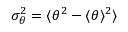
\sigma _ { \theta } ^ { 2 } = \langle \theta ^ { 2 } - \langle \theta \rangle ^ { 2 } \rangle